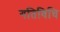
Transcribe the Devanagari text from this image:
गतिविधि